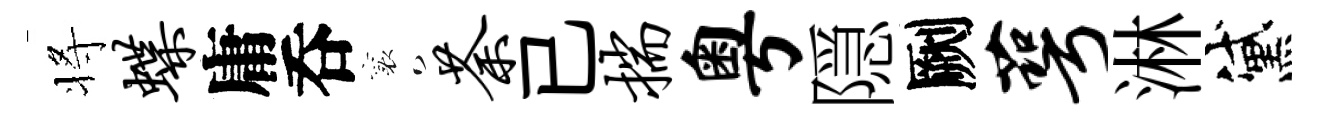
将蝶庸呑襄荼已揣粤隠劂萼淋黛